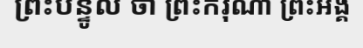
ព្រះបន្ទូល ថា ព្រះករុណា ព្រះអង្គ